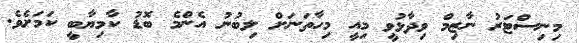
މިނިސްޓަރު ނާޒިމް ވިދާޅުވީ މިއީ މިހާތަނަށް ލިބުނު އެންމެ ބޮޑު ކާމިޔާބީ ކަމަށެވެ.